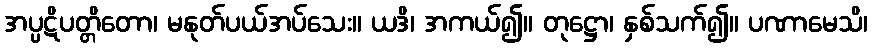
အပ္ပဋိပတ္တိတော၊ မနုတ်ပယ်အပ်သေး။ ယဒိ၊ အကယ်၍။ တုဋ္ဌော၊ နှစ်သက်၍။ ပဏာမေသိ၊